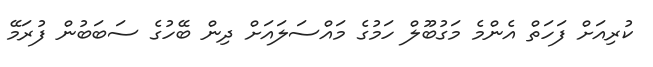
ކުރިއަށް ފަހަތް އެންމެ މަގުބޫލް ހަމުގެ މައްސަލައަށް ދިން ބޭހުގެ ސަބަބުން ފުރަމޭ